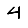
Digit: 4